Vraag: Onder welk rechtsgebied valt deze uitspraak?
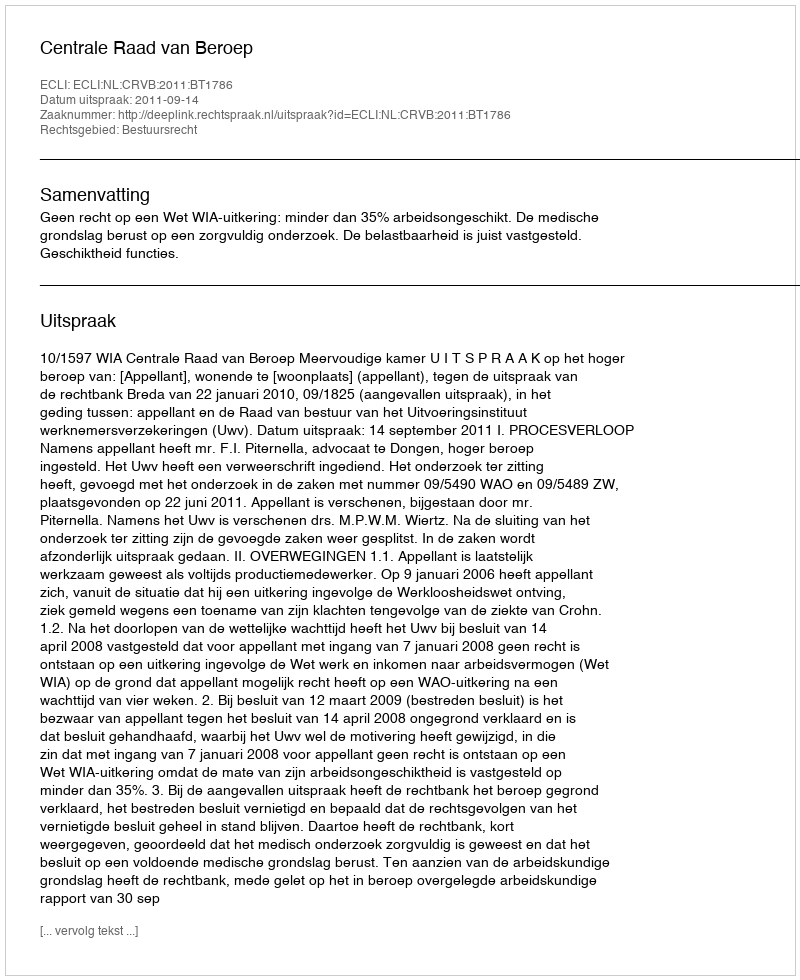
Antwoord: Bestuursrecht